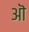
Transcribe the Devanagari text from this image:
अॊ